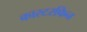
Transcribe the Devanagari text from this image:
कास्टरफिन